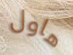
هاول